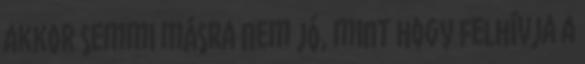
akkor semmi másra nem jó, mint hogy felhívja a